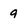
Character: 9